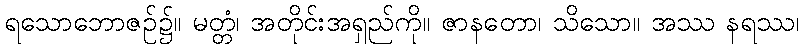
ရသောဘောဇဉ်၌။ မတ္တံ၊ အတိုင်းအရှည်ကို။ ဇာနတော၊ သိသော။ အဿ နရဿ၊